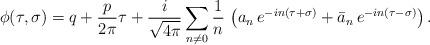
LaTeX: \begin{align*}\phi (\tau,\sigma)= q+\frac{p}{2\pi}\tau +\frac{i}{\sqrt {4\pi}}\sum_{n\neq 0}\frac{1}{n}\,\left({a_n}\, e^{-in(\tau +\sigma)}+ {\bar a_n}\, e^{-in(\tau -\sigma)}\right ).\end{align*}